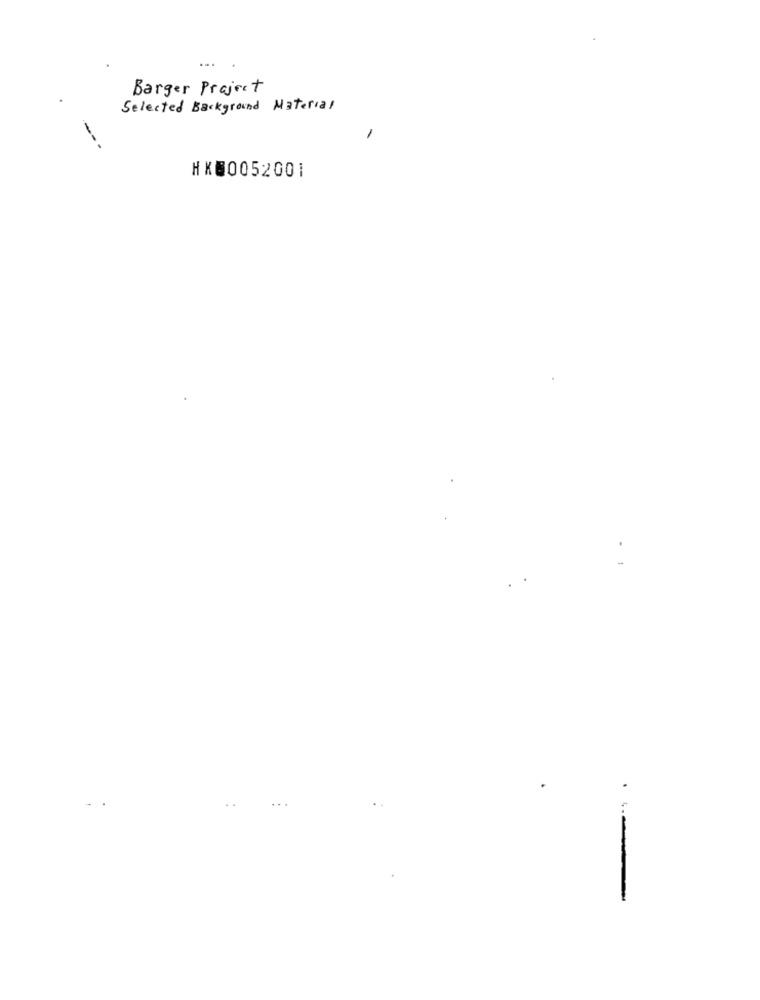
Barger Project
Selected Background Material
-
---
HK80052001